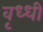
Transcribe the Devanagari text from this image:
वृध्धी